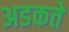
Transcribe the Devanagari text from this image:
अडकते